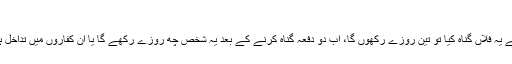
سوال # 156431
اگر کسی نے قسم کھائی کہ اگر میں نے یہ فلاں گناہ کیا تو تین روزے رکھوں گا، اب دو دفعہ گناہ کرنے کے بعد یہ شخص چھ روزے رکھے گا یا ان کفاروں میں تداخل ہوگا کہ یہ شخص تین روزے رکھے ؟